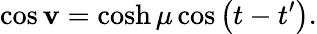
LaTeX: \cos\mathbf{v}=\cosh\mu\cos\left(t-t^{\prime}\right).